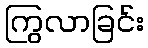
ကြွလာခြင်း